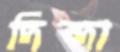
দিন্দা